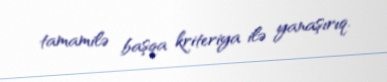
tamamilə başqa kriteriya ilə yanaşırıq.